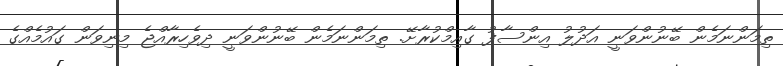
ތިމަންނަމެން ބޭނުންވަނީ އަދުލު އިންސާފު ގާއިމްކުރާށޭ. ތިމަންނަމެން ބޭނުންވަނީ ދިވެހިރާއްޖެ މިނިވަން ގައުމެއްގެ